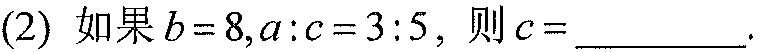
(2) 如果\(b = 8,a:c = 3:5\)，则\(c =\)  ．